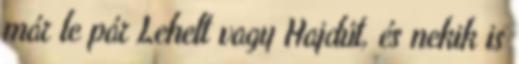
már le pár Lehelt vagy Hajdút, és nekik is